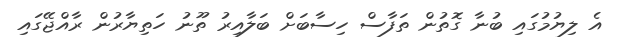
އެ ލިޔުމުގައި ބުނާ ގޮތުން ތަފާސް ހިސާބަށް ބަލާއިރު ތޫނު ހަތިޔާރުން ރާއްޖޭގައި